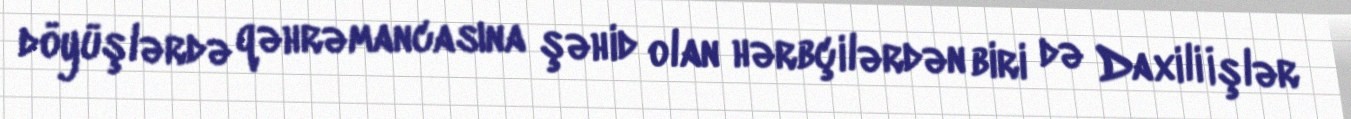
döyüşlərdə qəhrəmancasına şəhid olan hərbçilərdən biri də Daxili İşlər